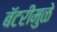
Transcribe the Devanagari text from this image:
बॅटरीमुळे